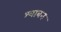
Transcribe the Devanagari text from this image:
श्वाबन